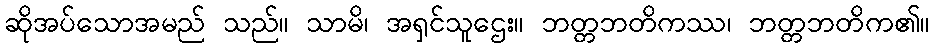
ဆိုအပ်သောအမည် သည်။ သာမိ၊ အရှင်သူဌေး။ ဘတ္တဘတိကဿ၊ ဘတ္တဘတိက၏။